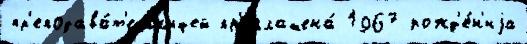
пр'еподава́т'ельн'ицей пр'иглашена́ 1967 рожд'е́н'иjа